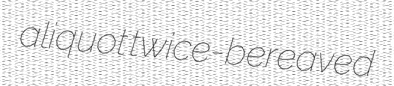
aliquot twice-bereaved